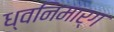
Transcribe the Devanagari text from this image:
ध्वनिमार्ग